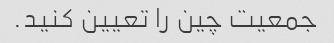
جمعیت چین را تعیین کنید.